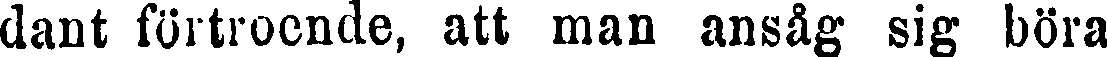
dant förtroende, att man ansåg sig böra